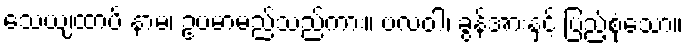
သေယျထာပိ နာမ၊ ဥပမာမည်သည်ကား။ ဗလဝါ၊ ခွန်အားနှင့် ပြည့်စုံသော။